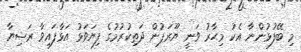
މި ބޭފުޅުންނާ އެކު މިހާރު ވަނީ ޔޫރަޕުން ދަތިކުރުމުގެ ފިޔަވަޅު އަޅާފައިވާ ރަޝިޔާ